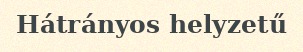
Hátrányos helyzetű